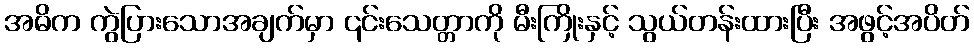
အဓိက ကွဲပြားသောအချက်မှာ ၎င်းသေတ္တာကို မီးကြိုးနှင့် သွယ်တန်းထားပြီး အဖွင့်အပိတ်